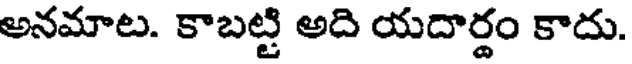
అనమాట. కాబట్టి అది యదార్థం కాదు.